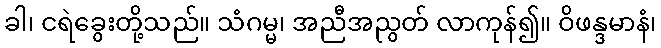
ခါ၊ ငရဲခွေးတို့သည်။ သံဂမ္မ၊ အညီအညွတ် လာကုန်၍။ ဝိဖန္ဒမာနံ၊